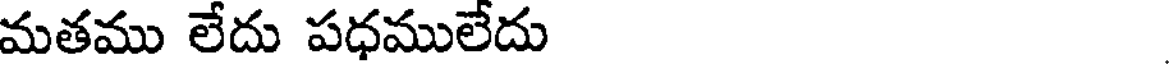
మతము లేదు పధములేదు